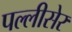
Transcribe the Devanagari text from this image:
पल्लीसेर